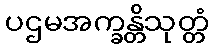
ပဌမအက္ခန္တိသုတ္တံ